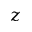
z